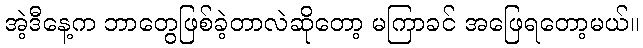
အဲ့ဒီနေ့က ဘာတွေဖြစ်ခဲ့တာလဲဆိုတော့ မကြာခင် အဖြေရတော့မယ်။